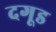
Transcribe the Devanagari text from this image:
दगूड